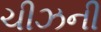
ચીઝની